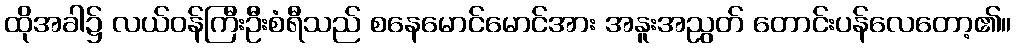
ထိုအခါ၌ လယ်ဝန်ကြီးဦးစံရီသည် စနေမောင်မောင်အား အနူးအညွတ် တောင်းပန်လေတော့၏။